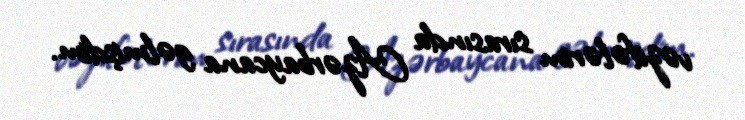
vəzifələrim sırasında Azərbaycana gəlmişdim.